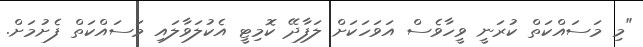
"މި މަސައްކަތް ކުރަނީ ވީހާވެސް އަވަހަކަށް ލަފާދޭ ކޮމިޓީ އެކުލަވާލައި މަސައްކަތް ފެށުމަށް.